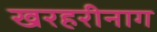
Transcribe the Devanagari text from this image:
खरहरीनाग